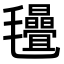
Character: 𣱁